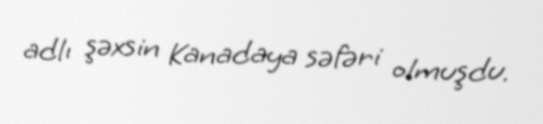
adlı şəxsin Kanadaya səfəri olmuşdu.